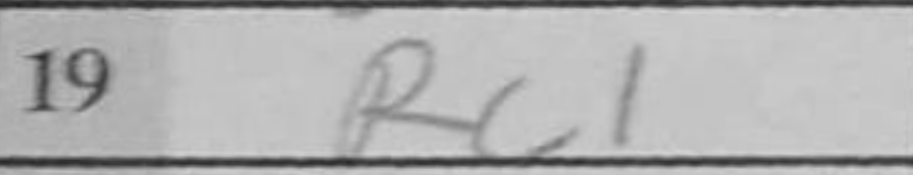
Transcription: Rc1